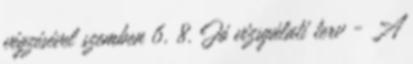
végzésével szemben 6. 8. Jó vizsgálati terv - A